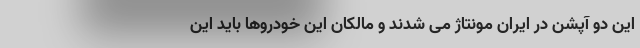
این دو آپشن در ایران مونتاژ می شدند و مالکان این خودروها باید این